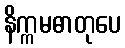
နိက္ကမဓာတုပေ